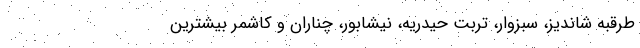
طرقبه شاندیز، سبزوار، تربت حیدریه، نیشابور، چناران و کاشمر بیشترین